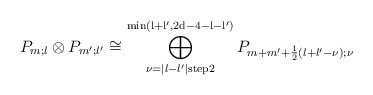
\begin{align*}P_{m;l} \otimes P_{m';l'} \cong \bigoplus\limits_{\nu=\vert l-l' \vert \mathrm{ step } 2}^{\mathrm{min\left( l+l',2d-4-l-l' \right)}} P_{m+m'+\frac{1}{2} \left( l+l'-\nu \right);\nu} \end{align*}